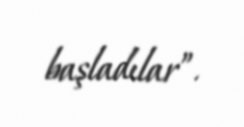
başladılar”.